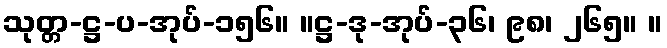
သုတ္တ-ဋ္ဌ-ပ-အုပ်-၁၅၆။ ။ဋ္ဌ-ဒု-အုပ်-၃၆၊ ၉၈၊ ၂၆၅။ ။